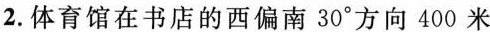
2.体育馆在书店的西偏南30°方向400米